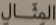
المثال